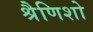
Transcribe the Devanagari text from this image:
श्रैणिशो